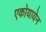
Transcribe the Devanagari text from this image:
एकोयायेन